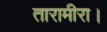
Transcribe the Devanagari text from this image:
तारामीरा।